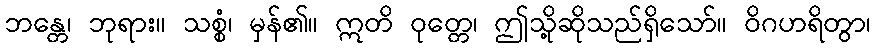
ဘန္တေ၊ ဘုရား။ သစ္စံ၊ မှန်၏။ ဣတိ ဝုတ္တေ၊ ဤသို့ဆိုသည်ရှိသော်။ ဝိဂဟရိတွာ၊